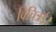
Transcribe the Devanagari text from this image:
विचित्रई।